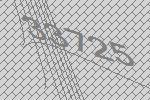
33725